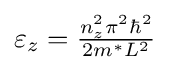
{\textstyle \varepsilon _{z}={\frac {n_{z}^{2}\pi ^{2}\hbar ^{2}}{2m^{*}L^{2}}}}